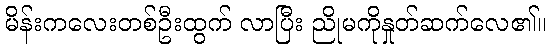
မိန်းကလေးတစ်ဦးထွက် လာပြီး ညိုမကိုနှုတ်ဆက်လေ၏။